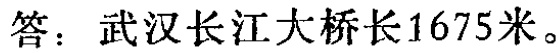
答：武汉长江大桥长1675米。